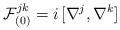
LaTeX: \begin{align*}{\cal F}^{jk}_{(0)}=i\,[\nabla^j,\nabla^k]\end{align*}